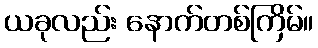
ယခုလည်း နောက်တစ်ကြိမ်။